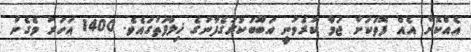
އެއްކޮށް އެއް ފޮތަކަށް ޖަމާ ކުރެވުނީ އަބޫބަކުރުގެފާނުގެ ޚިލާފަތުގައެވެ. 1400 އަހަރު ވެގެން